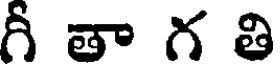
గీ తా గ తి